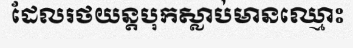
ដែលរថយន្តបុកស្លាប់មានឈ្មោះ